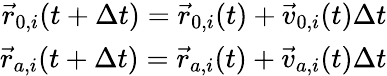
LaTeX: \begin{array}{r}{{\vec{r}}_{0,i}(t+\Delta t)={\vec{r}}_{0,i}(t)+{\vec{v}}_{0,i}(t)\Delta t}\\ {{\vec{r}}_{a,i}(t+\Delta t)={\vec{r}}_{a,i}(t)+{\vec{v}}_{a,i}(t)\Delta t}\end{array}